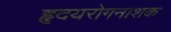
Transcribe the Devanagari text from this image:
हृदयरोगनाशक